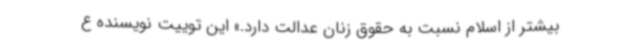
بیشتر از اسلام نسبت به حقوق زنان عدالت دارد.» این توییت نویسنده ع